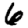
Digit: 6